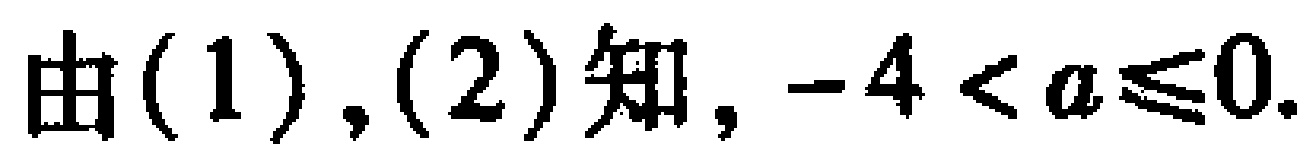
由(1),(2)知, \(-4 < a\leqslant0\).